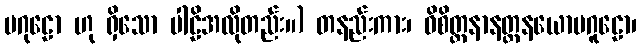
ပဂုဠော ဟု ရှိသော ပါဠိအလိုတည်း။) တနည်းကား၊ ဝိစိတ္တနာနတ္တနယောပဂူဠော၊